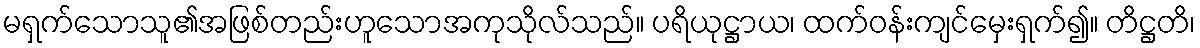
မရှက်သောသူ၏အဖြစ်တည်းဟူသောအကုသိုလ်သည်။ ပရိယုဋ္ဌာယ၊ ထက်ဝန်းကျင်မှေးရှက်၍။ တိဋ္ဌတိ၊